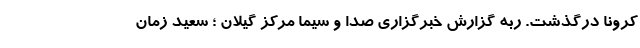
کرونا درگذشت. ربه گزارش خبرگزاری صدا و سیما مرکز گیلان ؛ سعید زمان